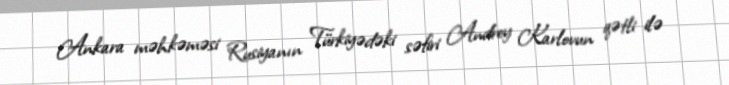
Ankara məhkəməsi Rusiyanın Türkiyədəki səfiri Andrey Karlovun qətli ilə